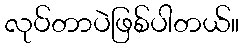
လုပ်တာပဲဖြစ်ပါတယ်။